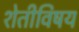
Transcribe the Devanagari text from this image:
शेतीविषय